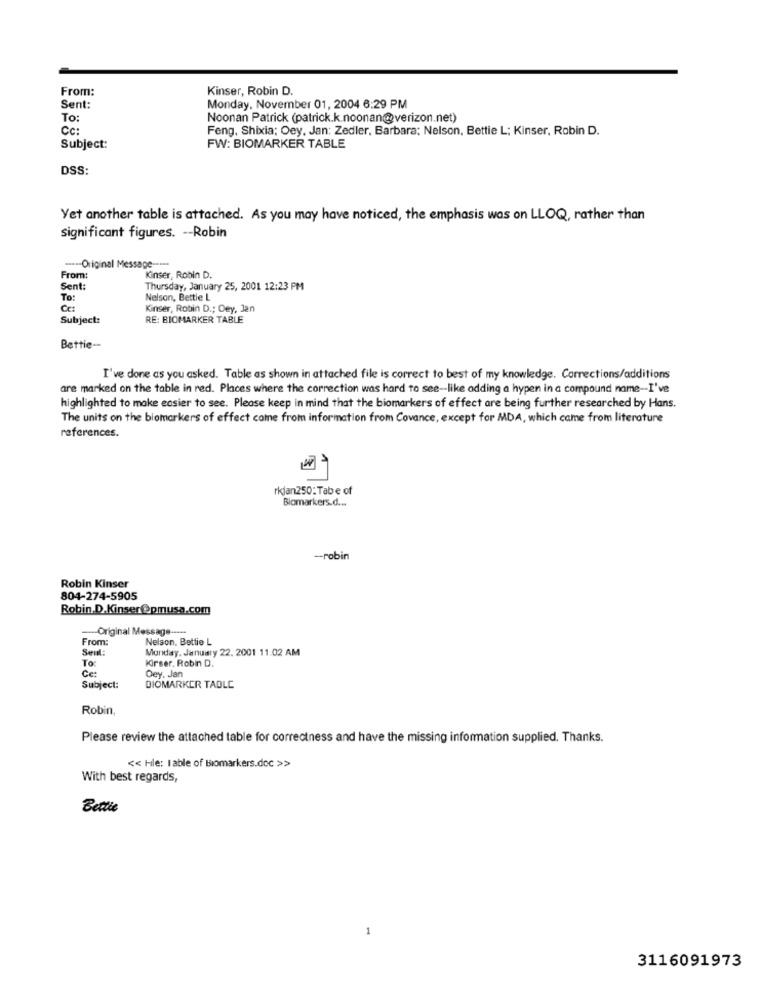
From:
Kinser, Robin D.
Sent:
Monday, November 01, 2004 6:29 PM
To:
Noonan Patrick (patrick.k.noonanverizon.net)
CC:
Feng, Shixia; Oey, Jan: Zedler, Barbara; Nelson, Bettie L; Kinser, Robin D.
Subject:
FW: BIOMARKER TABLE
DSS:
Yet another table is attached. As you may have noticed, the emphasis was on LLOQ, rather than
significant figures. -- Robin
---- Original Message -----
From:
Kinser, Robin D.
Sent
Thursday, January 25, 2001 12:23 PM
To:
Nelson, Bettie L
Cc:
Kinser, Robin D .; Dey, Jen
Subject:
RE: BIOMARKER TABLE
Bettie --
I've done as you asked. Table as shown in attached file is correct to best of my knowledge. Corrections/additions
are marked on the table in red. Places where the correction was hard to see -- like adding a hypen in a compound name -- I've
highlighted to make easier to see. Please keep in mind that the biomarkers of effect are being further researched by Hans.
The units on the biomarkers of effect come from information from Covance, except for MDA, which came from literature
references.
rkjan250;Tab e of
Biomarkers.d ...
-- robin
Robin Kinser
804-274-5905
Robin.D.Kinser@pmusa.com
--- Original Message -----
From:
Nelson, Bettie L
Seul:
Monday, January 22. 2001 11:02 AM
To:
Kirser, Robin D.
Ce:
Dey. Jan
Subject:
BIOMARKER TADLC
Robin,
Please review the attached table for correctness and have the missing information supplied. Thanks.
<< Hle: Iable of Biomarkers.doc >>
With best regards,
Bettie
3116091973